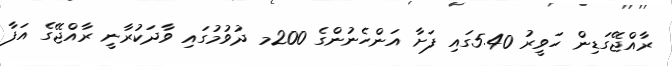
ރާއްޖޭގަޑިން ހަވީރު 5.40ގައި ފަށާ އަންހެނުންގެ 200މ ދުވުމުގައި ވާދަކުރާނީ ރާއްޖޭގެ އަފާ